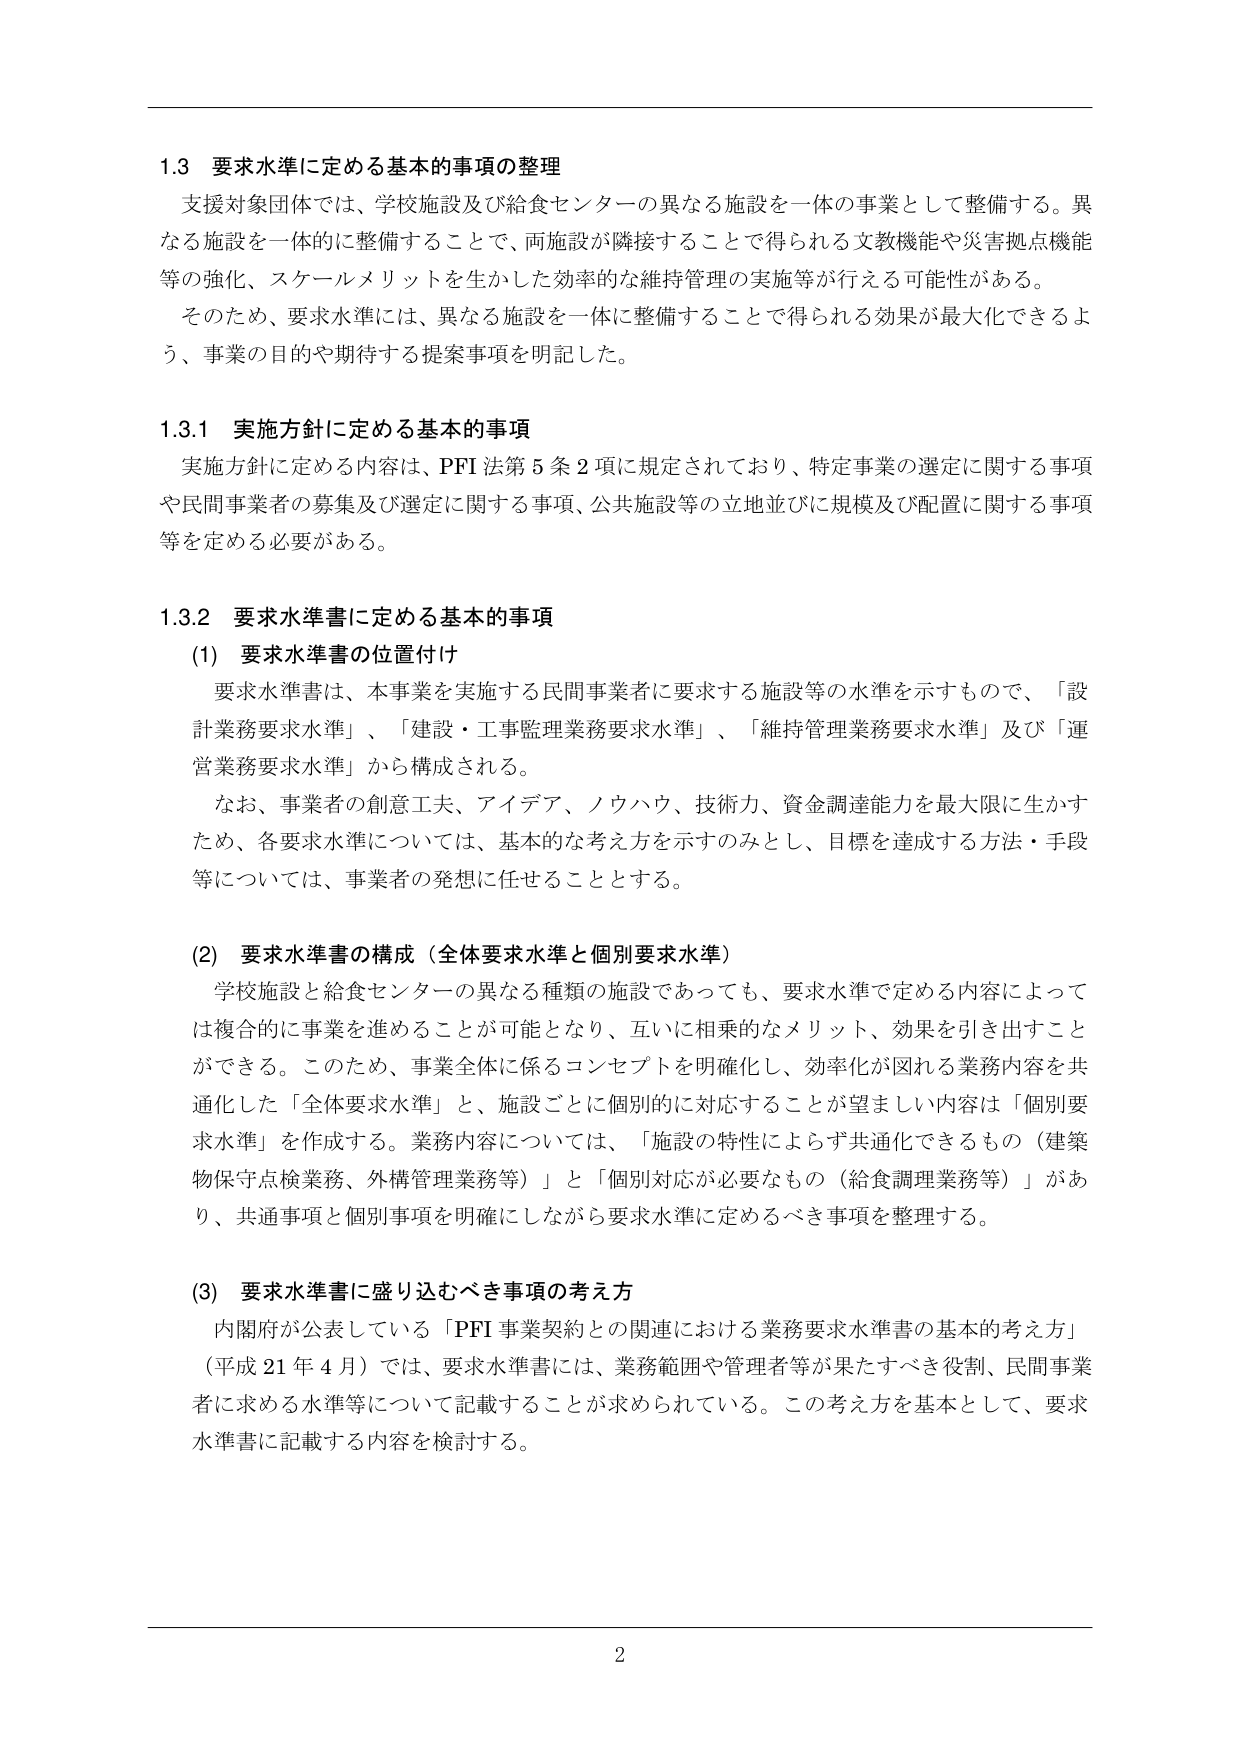
1.3 要求水準に定める基本的事項の整理
支援対象団体では、学校施設及び給食センターの異なる施設を一体の事業として整備する。異なる施設を一体的に整備することで、両施設が隣接することで得られる文教機能や災害拠点機能等の強化、スケールメリットを生かした効率的な維持管理の実施等が行える可能性がある。
そのため、要求水準には、異なる施設を一体に整備することで得られる効果が最大化できるよう、事業の目的や期待する提案事項を明記した。

1.3.1 実施方針に定める基本的事項
実施方針に定める内容は、PFI法第5条2項に規定されており、特定事業の選定に関する事項や民間事業者の募集及び選定に関する事項、公共施設等の立地並びに規模及び配置に関する事項等を定める必要がある。

1.3.2 要求水準書に定める基本的事項
(1) 要求水準書の位置付け
要求水準書は、本事業を実施する民間事業者に要求する施設等の水準を示すもので、「設計業務要求水準」、「建設・工事監理業務要求水準」、「維持管理業務要求水準」及び「運営業務要求水準」から構成される。
なお、事業者の創意工夫、アイデア、ノウハウ、技術力、資金調達能力を最大限に生かすため、各要求水準については、基本的な考え方を示すのみとし、目標を達成する方法・手段等については、事業者の発想に任せることとする。

(2) 要求水準書の構成（全体要求水準と個別要求水準）
学校施設と給食センターの異なる種類の施設であっても、要求水準で定める内容によっては複合的に事業を進めることが可能となり、互いに相乗的なメリット、効果を引き出すことができる。このため、事業全体に係るコンセプトを明確化し、効率化が図れる業務内容を共通化した「全体要求水準」と、施設ごとに個別的に対応することが望ましい内容は「個別要求水準」を作成する。業務内容については、「施設の特性によらず共通化できるもの（建築物保守点検業務、外構管理業務等）」と「個別対応が必要なもの（給食調理業務等）」があり、共通事項と個別事項を明確にしながら要求水準に定めるべき事項を整理する。

(3) 要求水準書に盛り込むべき事項の考え方
内閣府が公表している「PFI事業契約との関連における業務要求水準書の基本的考え方」（平成21年4月）では、要求水準書には、業務範囲や管理者等が果たすべき役割、民間事業者に求める水準等について記載することが求められている。この考え方を基本として、要求水準書に記載する内容を検討する。

2